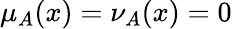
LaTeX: \mu_{A}(x)=\nu_{A}(x)=0